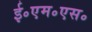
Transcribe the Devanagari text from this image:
ई॰एम॰एस॰